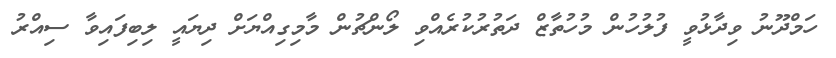
ހަމްދޫނު ވިދާޅުވީ ފުލުހުން މުހުތާޒް ދަތުރުކުރެއްވި ލޯންޗުން މާމިގިއްޔަށް ދިޔައީ ލިބިފައިވާ ސިއްރު